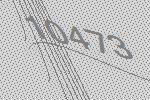
10473